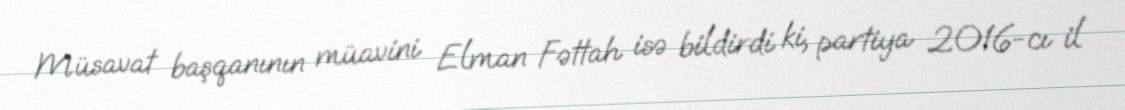
Müsavat başqanının müavini Elman Fəttah isə bildirdi ki, partiya 2016-cı il